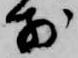
前